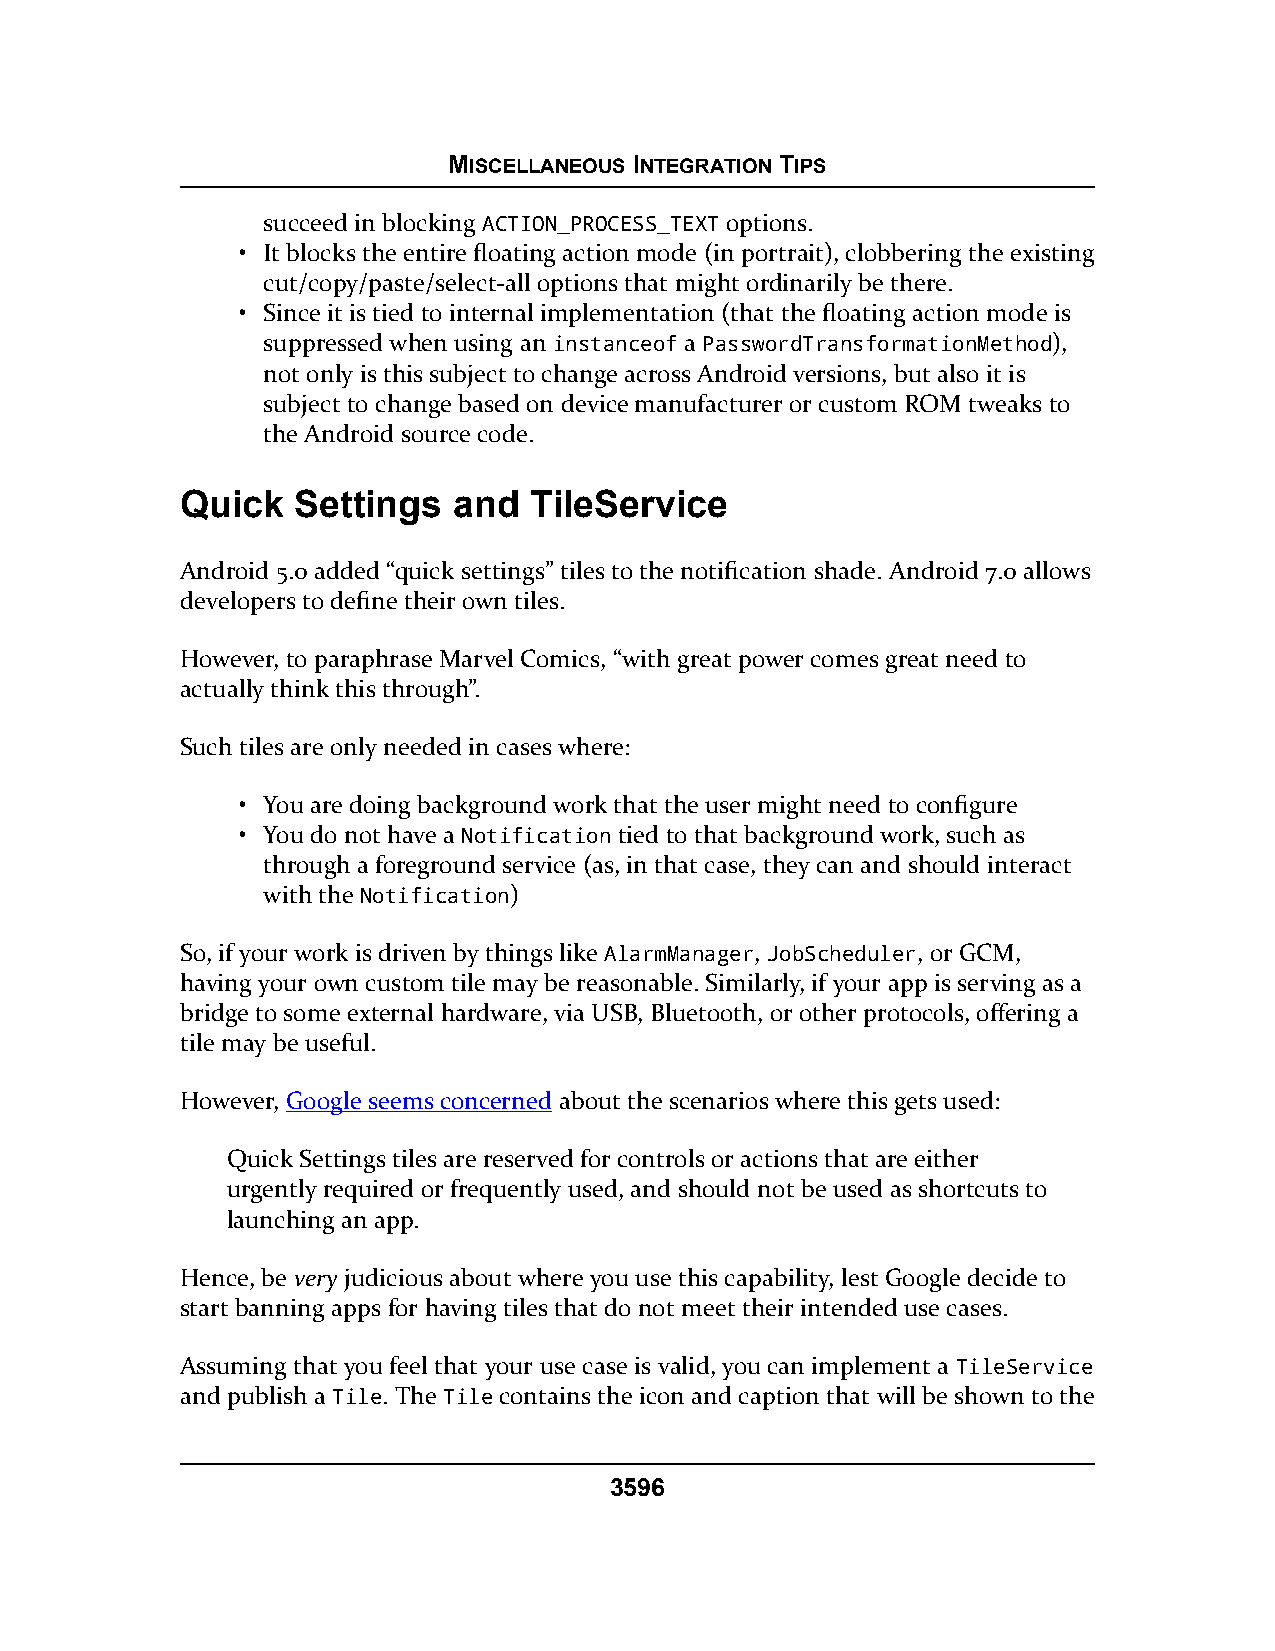
MISCELLANEOUS INTEGRATION TIPS
 succeed in blocking ACTION_PROCESS_TEXT options.
 • It blocks the entire floating action mode (in portrait), clobbering the existing
 cut/copy/paste/select-all options that might ordinarily be there.
 • Since it is tied to internal implementation (that the floating action mode is
 suppressed when using an instanceof a PasswordTransformationMethod),
 not only is this subject to change across Android versions, but also it is
 subject to change based on device manufacturer or custom ROM tweaks to
 the Android source code.
 Quick  Settings   and  TileService
 Android 5.0 added “quick settings” tiles to the notification shade. Android 7.0 allows
 developers to define their own tiles.
 However, to paraphrase Marvel Comics, “with great power comes great need to
 actually think this through”.
 Such tiles are only needed in cases where:
 • You are doing background work that the user might need to configure
 • You do not have a Notification tied to that background work, such as
 through a foreground service (as, in that case, they can and should interact
 with the Notification)
 So, if your work is driven by things like AlarmManager, JobScheduler, or GCM,
 having your own custom tile may be reasonable. Similarly, if your app is serving as a
 bridge to some external hardware, via USB, Bluetooth, or other protocols, offering a
 tile may be useful.
 However, Google seems concerned about the scenarios where this gets used:
 Quick Settings tiles are reserved for controls or actions that are either
 urgently required or frequently used, and should not be used as shortcuts to
 launching an app.
 Hence, be very judicious about where you use this capability, lest Google decide to
 start banning apps for having tiles that do not meet their intended use cases.
 Assuming that you feel that your use case is valid, you can implement a TileService
 and publish a Tile. The Tile contains the icon and caption that will be shown to the
 3596